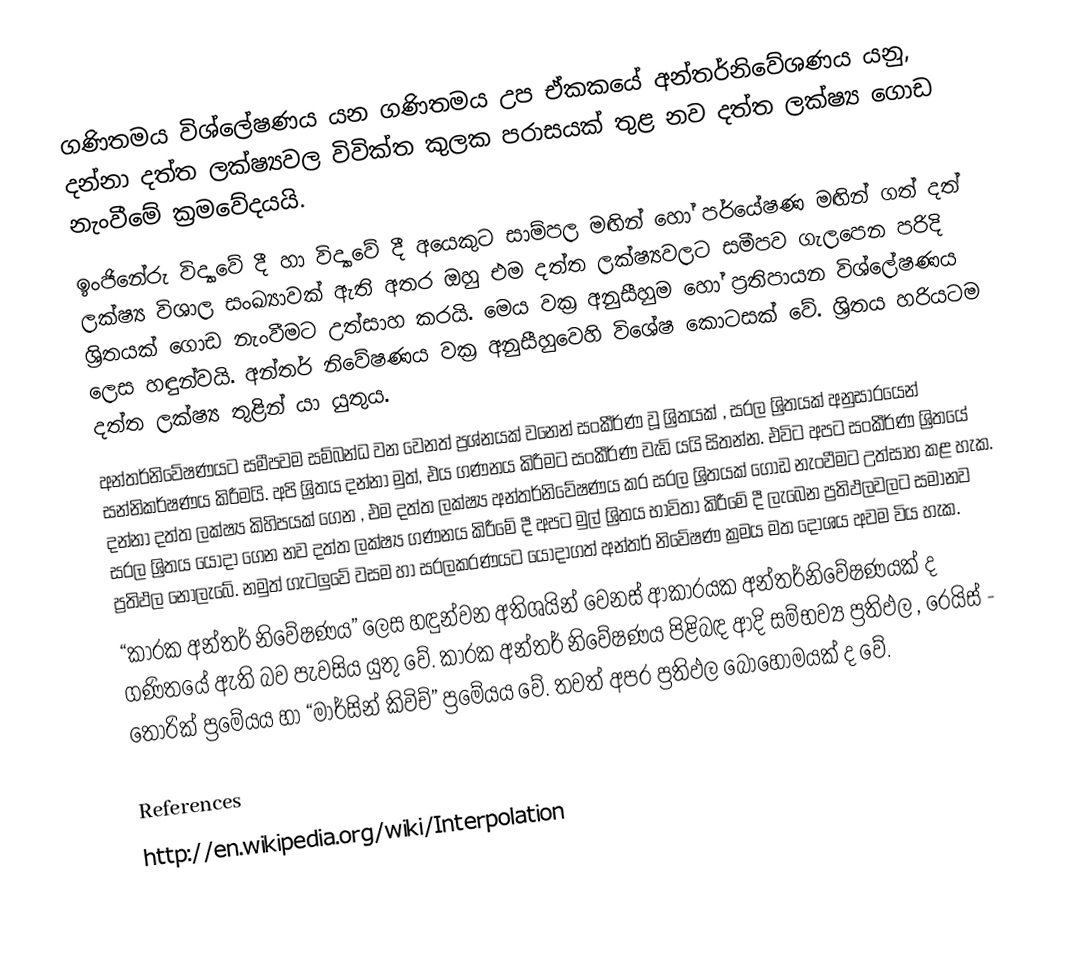
ගණිතමය විශ්ලේෂණය යන ගණිතමය උප ඒකකයේ අන්තර්නිවේශණය යනු, දන්නා දත්ත ලක්ෂ්‍යවල විවික්ත කුලක පරාසයක් තුළ නව දත්ත ලක්ෂ්‍ය ගොඩ නැංවීමේ ක්‍රමවේදයයි.
ඉංජිනේරු විද්‍යාවේ දී හා විද්‍යාවේ දී අයෙකුට සාම්පල මඟින් හෝ පර්යේෂණ මඟින් ගත් දත් ලක්ෂ්‍ය විශාල සංඛ්‍යාවක් ඇති අතර ඔහු එම දත්ත ලක්ෂ්‍යවලට සමීපව ගැලපෙන පරිදි ශ්‍රිතයක් ගොඩ නැංවීමට උත්සාහ කරයි. මෙය වක්‍ර අනුසීහුම හෝ ප්‍රතිපායන විශ්ලේෂණය ලෙස හඳුන්වයි. අන්තර් නිවේෂණය වක්‍ර අනුසීහුවෙහි විශේෂ කොටසක් වේ. ශ්‍රිතය හරියටම දත්ත ලක්ෂ්‍ය තුළින් යා යුතුය.
අන්තර්නිවේෂණයට සමීපවම සම්බන්ධ වන වෙනත් ප්‍රශ්නයක් වන‍්නේ සංකීර්ණ වූ ශ්‍රිතයක් , සරල ශ්‍රිතයක් අනුසාරයෙන් සන්නිකර්ෂණය කිරීමයි. අපි ශ්‍රිතය දන්නා මුත්, එය ගණනය කිරීමට සංකීර්ණ වැඩි යයි සිතන්න. එවිට අපට සංකීර්ණ ශ්‍රිතයේ දන්නා දත්ත ලක්ෂ්‍ය කිහිපයක් ගෙන , එම දත්ත ලක්ෂ්‍ය අන්තර්නිවේෂණය කර සරල ශ්‍රිතයක් ගොඩ නැංවීමට උත්සාහ කළ හැක. සරල ශ්‍රිතය යොදා ගෙන නව දත්ත ලක්ෂ්‍ය ගණනය කිරීමේ දී අපට මුල් ශ්‍රිතය භාවිතා කිරීමේ දී ලැබෙන ප්‍රතිඵලවලට සමානව ප්‍රතිඵල නොලැබේ. නමුත් ගැටලුවේ වසම හා සරලකරණයට යොදාගත් අන්තර් නිවේෂණ ක්‍රමය මත දෝශය අවම විය හැක.
“කාරක අන්තර් නිවේෂණය” ලෙස හඳුන්වන අතිශයින් වෙනස් ආකාරයක අන්තර්නිවේෂණයක් ද ගණිතයේ ඇති බව පැවසිය යුතු වේ. කාරක අන්තර් නිවේෂණය පිළිබඳ ආදි සම්භව්‍ය ප්‍රතිඵල , රෙයිස් - තෝරික් ප්‍රමේයය හා “මාර්සින් කිවිච්” ප්‍රමේයය වේ. තවත් අපර ප්‍රතිඵල බොහොමයක් ද වේ.

References
http://en.wikipedia.org/wiki/Interpolation